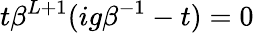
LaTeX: t\beta^{L+1}(ig\beta^{-1}-t)=0